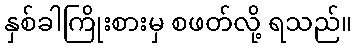
နှစ်ခါကြိုးစားမှ စဖတ်လို့ ရသည်။